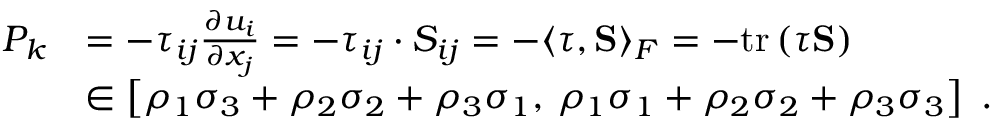
\begin{array} { r l } { P _ { k } } & { = - \tau _ { i j } \frac { \partial u _ { i } } { \partial x _ { j } } = - \tau _ { i j } \cdot S _ { i j } = - \langle \boldsymbol { \tau } , \mathbf { S } \rangle _ { F } = - \mathrm { t r } \left( \boldsymbol { \tau } \mathbf { S } \right) } \\ & { \in \left[ \rho _ { 1 } \sigma _ { 3 } + \rho _ { 2 } \sigma _ { 2 } + \rho _ { 3 } \sigma _ { 1 } , \, \rho _ { 1 } \sigma _ { 1 } + \rho _ { 2 } \sigma _ { 2 } + \rho _ { 3 } \sigma _ { 3 } \right] \ \mathrm { . } } \end{array}